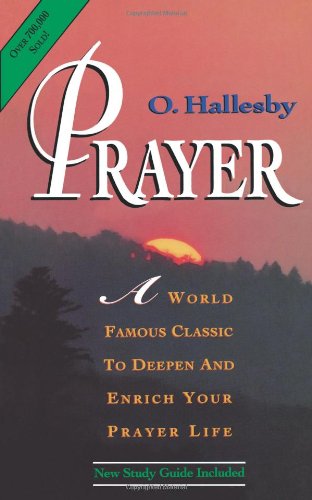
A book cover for Prayer; Ole Hallesby; Christian Books & Bibles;